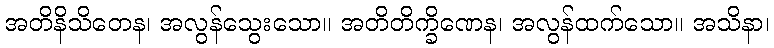
အတိနိသိတေန၊ အလွန်သွေးသော။ အတိတိက္ခိဏေန၊ အလွန်ထက်သော။ အသိနာ၊